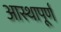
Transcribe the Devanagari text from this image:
आस्थापूर्ण